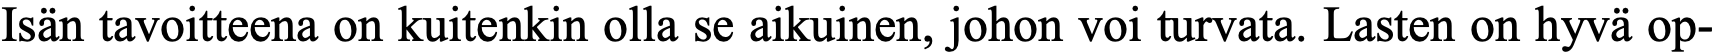
Isän tavoitteena on kuitenkin olla se aikuinen, johon voi turvata. Lasten on hyvä op-